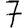
Digit: 7